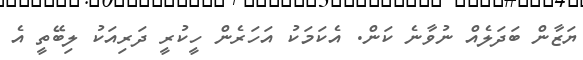
ޔަޒާން ބަދަލެއް ނުވާނެ ކަން. އެކަމަކު އަހަރެން ހީކުރީ ދަރިއަކު ލިބޭތީ އެ